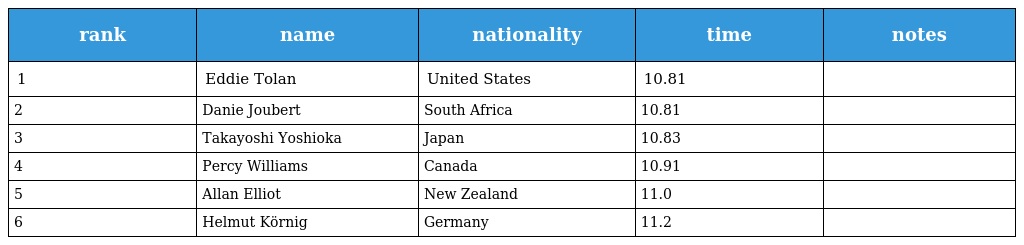
| rank | name | nationality | time | notes |
 | --- | --- | --- | --- | --- |
 | 1 | Eddie Tolan | United States | 10.81 |  |
 | 2 | Danie Joubert | South Africa | 10.81 |  |
 | 3 | Takayoshi Yoshioka | Japan | 10.83 |  |
 | 4 | Percy Williams | Canada | 10.91 |  |
 | 5 | Allan Elliot | New Zealand | 11.0 |  |
 | 6 | Helmut Körnig | Germany | 11.2 |  |